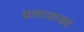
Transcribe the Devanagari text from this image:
प्रकाशासह